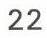
22